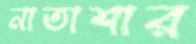
নাতাশার